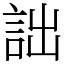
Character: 詘